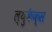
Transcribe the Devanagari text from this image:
ल्युकैक्स